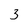
Character: 3